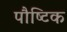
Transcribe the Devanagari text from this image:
पौष्‍िटक